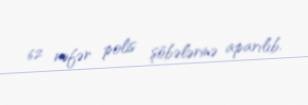
62 nəfər polis şöbələrinə aparılıb.